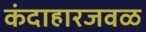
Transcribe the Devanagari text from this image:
कंदाहारजवळ